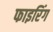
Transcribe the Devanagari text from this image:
फाइरिंग